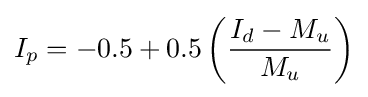
I_{p}=-0.5+0.5\left({\frac {I_{d}-M_{u}}{M_{u}}}\right)